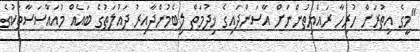
"މީގެ އިތުރަށް ހުރިހާ ރައްޔިތުންނަށް އާސަންދައިގެ ޚިދުމަތް ލިބެމުންދާއިރު ދައުލަތުގެ ބައެއް މުއައްސަސާތަކުގެ